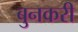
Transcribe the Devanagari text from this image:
बुनकरी